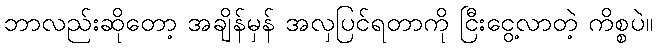
ဘာလည်းဆိုတော့ အချိန်မှန် အလှပြင်ရတာကို ငြီးငွေ့လာတဲ့ ကိစ္စပဲ။